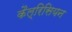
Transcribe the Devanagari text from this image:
कैल्रिसियन